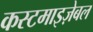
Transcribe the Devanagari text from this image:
कस्टमाइज़ेबल